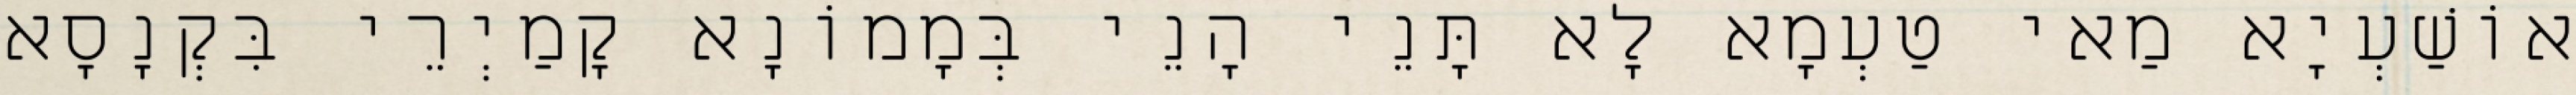
אוֹשַׁעְיָא מַאי טַעְמָא לָא תָּנֵי הָנֵי בְּמָמוֹנָא קָמַיְרֵי בִּקְנָסָא